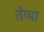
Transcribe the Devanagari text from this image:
तेप्पा